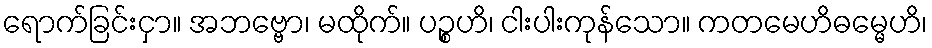
ရောက်ခြင်းငှာ။ အဘဗ္ဗော၊ မထိုက်။ ပဉ္စဟိ၊ ငါးပါးကုန်သော။ ကတမေဟိဓမ္မေဟိ၊